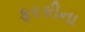
ફરકીના